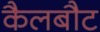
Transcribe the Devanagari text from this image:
कैलबौट